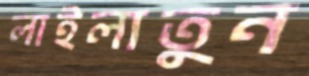
লাইলাতুন